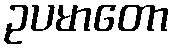
ဥပမာတော